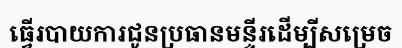
ធ្វើរបាយការជូនប្រធានមន្ទីរដើម្បីសម្រេច